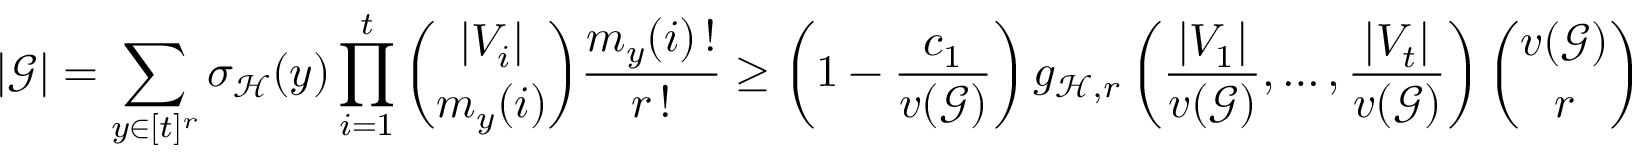
| \mathcal { G } | = \sum _ { y \in [ t ] ^ { r } } \sigma _ { \mathcal { H } } ( y ) \prod _ { i = 1 } ^ { t } \binom { | V _ { i } | } { m _ { y } ( i ) } \frac { m _ { y } ( i ) \, ! } { r \, ! } \ge \left( 1 - \frac { c _ { 1 } } { v ( \mathcal { G } ) } \right) g _ { \mathcal { H } , r } \left( \frac { | V _ { 1 } | } { v ( \mathcal { G } ) } , \dots , \frac { | V _ { t } | } { v ( \mathcal { G } ) } \right) \binom { v ( \mathcal { G } ) } { r }